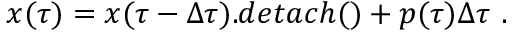
\ensuremath { \boldsymbol { { x } } } ( \tau ) = \ensuremath { \boldsymbol { { x } } } ( \tau - \Delta \tau ) . d e t a c h ( ) + \ensuremath { \boldsymbol { p } } ( \tau ) \Delta \tau \ .